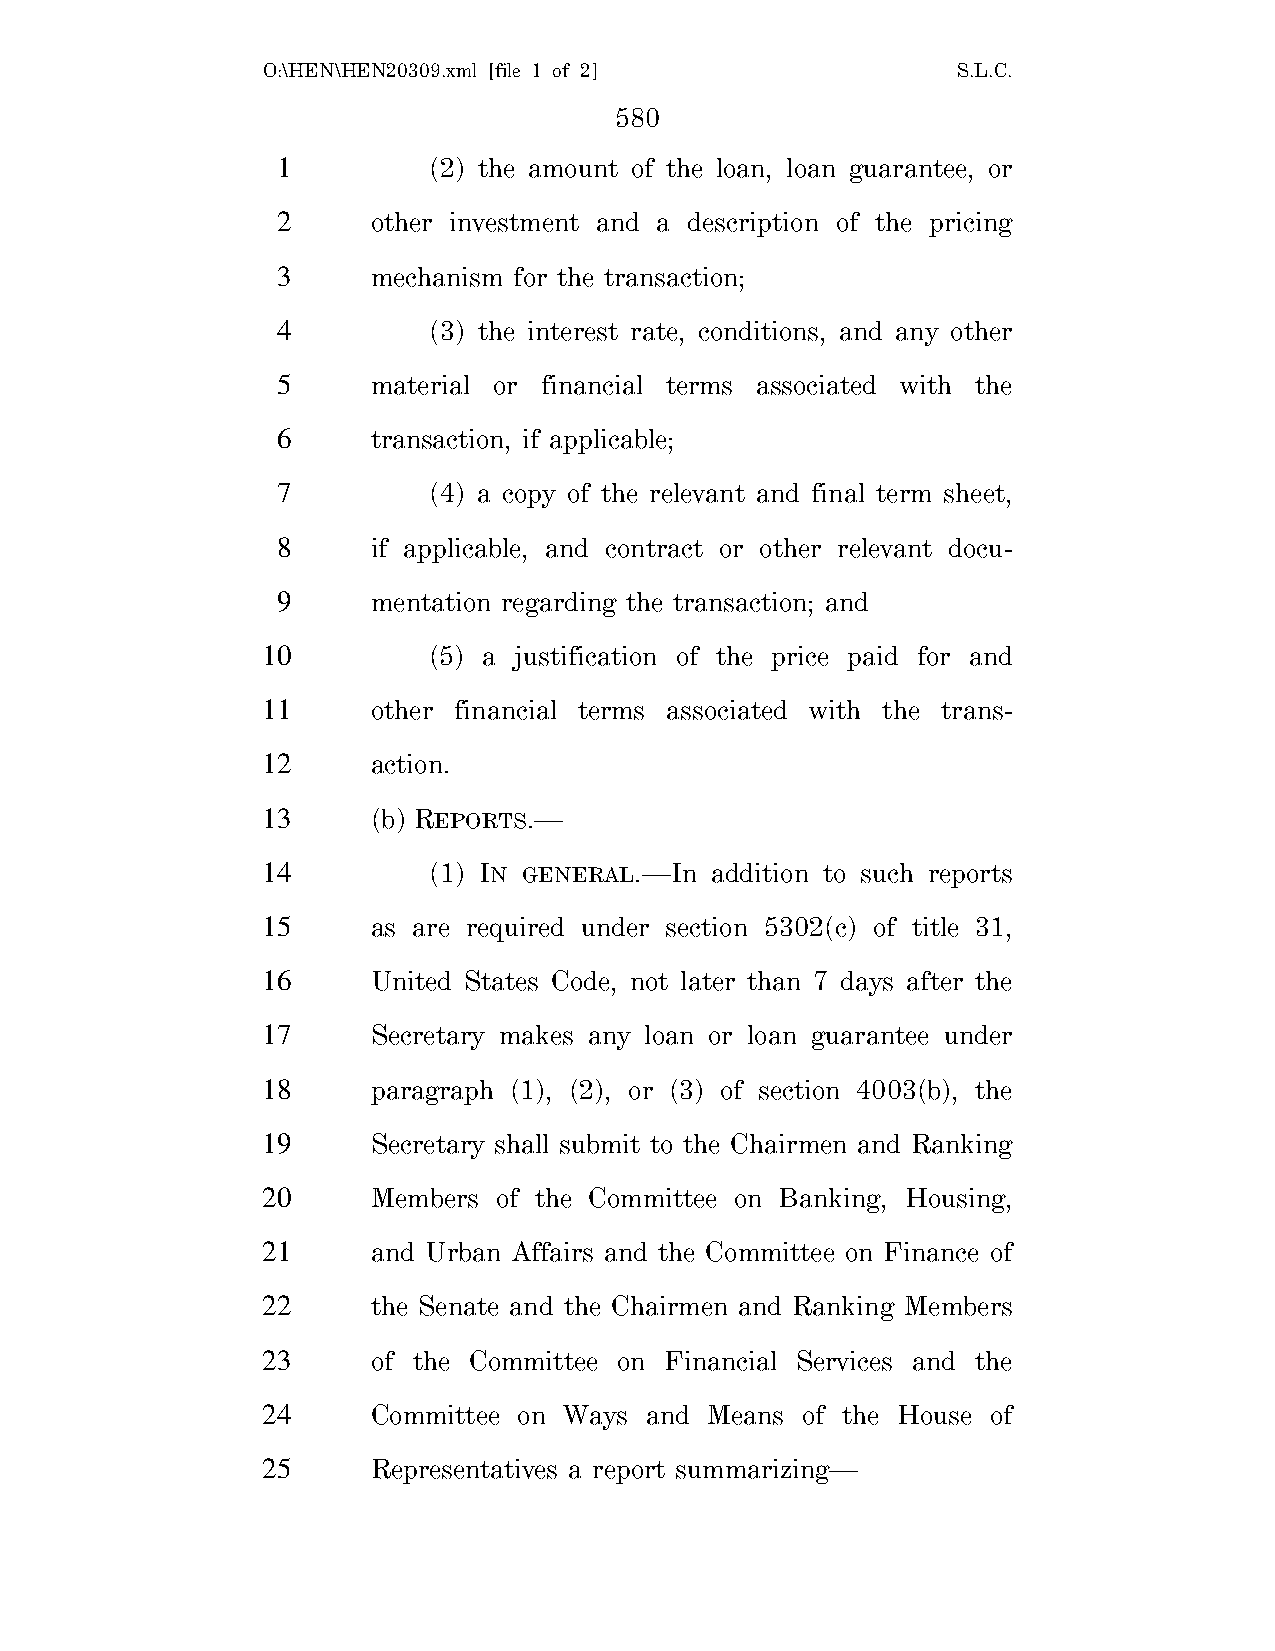
O:\HEN\HEN20309.xml [file 1 of 2]             S.L.C.
 580
 1         (2) the amount of the loan, loan guarantee, or
 2      other investment and a description of the pricing
 3      mechanism for the transaction;
 4         (3) the interest rate, conditions, and any other
 5      material or financial terms associated with the
 6      transaction, if applicable;
 7         (4) a copy of the relevant and final term sheet,
 8      if applicable, and contract or other relevant docu-
 9      mentation regarding the transaction; and
 10         (5) a justification of the price paid for and
 11      other financial terms associated with the trans-
 12      action.
 13      (b) REPORTS.—
 14         (1) IN GENERAL.—In addition to such reports
 15      as are required under section 5302(c) of title 31,
 16      United States Code, not later than 7 days after the
 17      Secretary makes any loan or loan guarantee under
 18      paragraph (1), (2), or (3) of section 4003(b), the
 19      Secretary shall submit to the Chairmen and Ranking
 20      Members of the Committee on Banking, Housing,
 21      and Urban Affairs and the Committee on Finance of
 22      the Senate and the Chairmen and Ranking Members
 23      of the Committee on Financial Services and the
 24      Committee on Ways and Means of the House of
 25      Representatives a report summarizing—